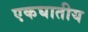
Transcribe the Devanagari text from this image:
एकघातीय